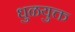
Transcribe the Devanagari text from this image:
धुळयुक्त